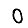
Digit: 0